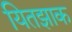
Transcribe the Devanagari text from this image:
यितझाक